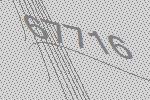
67716